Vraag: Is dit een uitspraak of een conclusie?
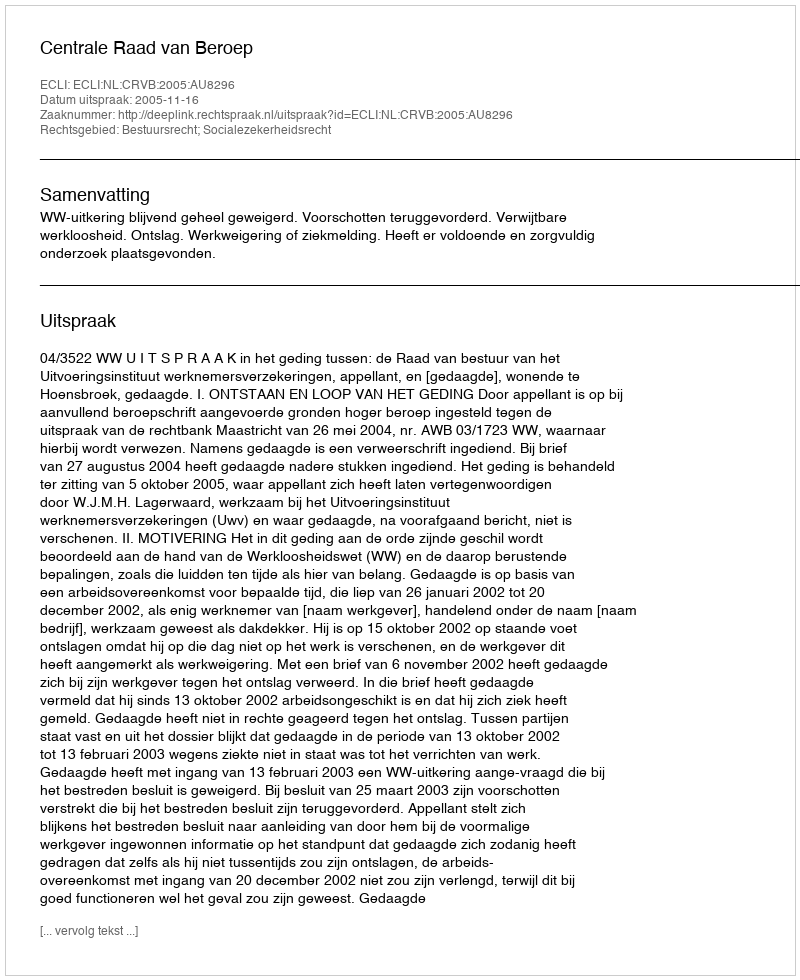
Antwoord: Uitspraak